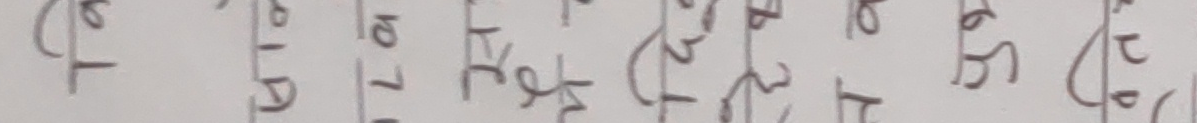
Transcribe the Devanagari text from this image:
१५ २० ७० ४० २० ४० ६० ७० ५० ८०